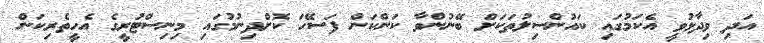
އަދި ވިދާޅުވީ އެކަމުގައި ކައުންސިލުތަކަށް ބޭނުންވާ ކަންކަން ފަސޭހަ ކޮށްދިނުމުގައި މިނިސްޓުރީގެ އެހީތެރިކަން